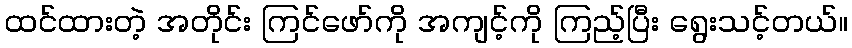
ထင်ထားတဲ့ အတိုင်း ကြင်ဖော်ကို အကျင့်ကို ကြည့်ပြီး ရွေးသင့်တယ်။